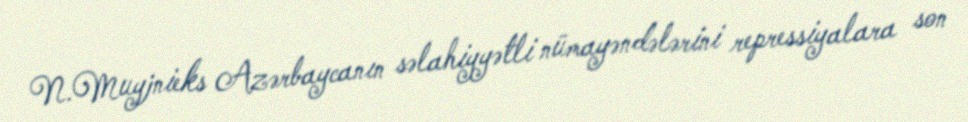
N.Muyjnieks Azərbaycanın səlahiyyətli nümayəndələrini repressiyalara son